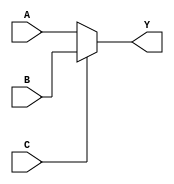
module mux_2to1 (
    input wire A, // data input A
    input wire B, // data input B
    input wire C, // control signal input
    output reg Y // output signal Y
);

// Combinational logic block
always @* begin
    if (C == 0) begin // if control signal is 0, select input A
        Y = A;
    end else begin // if control signal is 1, select input B
        Y = B;
    end
end

endmodule